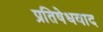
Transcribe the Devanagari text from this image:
प्रतिषेधवाद